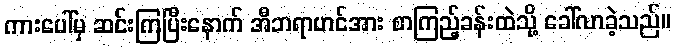
ကားပေါ်မှ ဆင်းကြပြီးနောက် အီဘရာဟင်အား စာကြည့်ခန်းထဲသို့ ခေါ်လာခဲ့သည်။